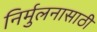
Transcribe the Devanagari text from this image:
निर्मुलनासाठी